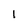
Character: 1